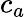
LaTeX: c_{a}